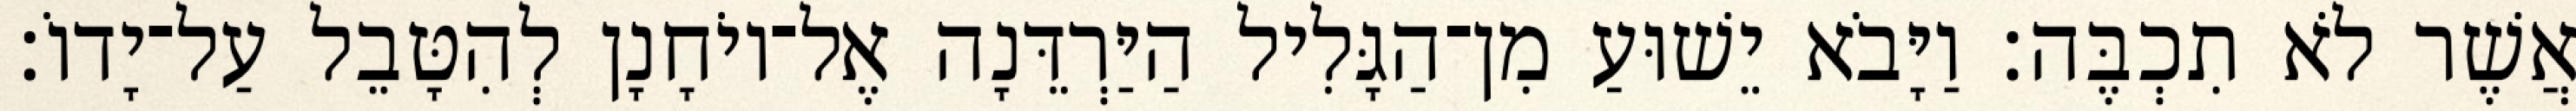
אֲשֶׁר לֹא תִכְבֶּה׃ וַיָּבֹא יֵשׁוּעַ מִן־הַגָּלִיל הַיַּרְדֵּנָה אֶל־יוֹחָנָן לְהִטָּבֵל עַל־יָדוֹ׃